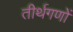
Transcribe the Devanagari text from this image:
तीर्थगणों